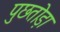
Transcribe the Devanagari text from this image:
पुछतोड़ा